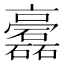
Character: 𥗧